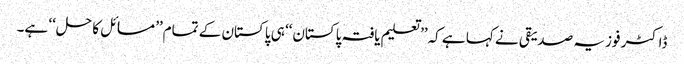
ڈاکٹر فوزیہ صدیقی نے کہا ہے کہ’’ تعلیم یافتہ پاکستان‘‘ ہی پاکستان کے تمام’’ مسائل کا حل‘‘ ہے۔